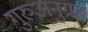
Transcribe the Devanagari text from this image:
गुरुअनुग्रह